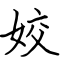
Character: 姣